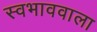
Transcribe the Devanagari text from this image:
स्वभाववाला